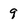
Character: 9